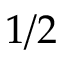
1 / 2